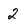
Character: 2